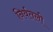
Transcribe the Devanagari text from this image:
निर्वतली